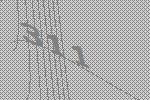
311